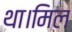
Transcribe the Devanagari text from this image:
था।मिल